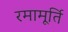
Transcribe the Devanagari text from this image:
रमामूर्ति